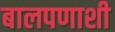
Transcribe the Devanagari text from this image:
बालपणाशी